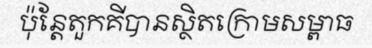
ប៉ុន្តែតួកគីបានស្ថិតក្រោមសម្ពាធ